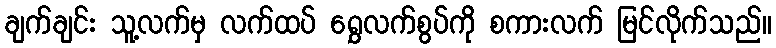
ချက်ချင်း သူ့လက်မှ လက်ထပ် ရွှေလက်စွပ်ကို စကားလက် မြင်လိုက်သည်။